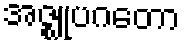
အဇ္ဈုပဂတော